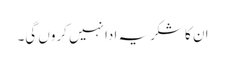
ان کا شکریہ ادا نہیں کروں گی۔